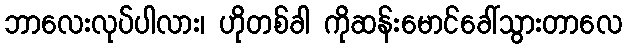
ဘာလေးလုပ်ပါလား၊ ဟိုတစ်ခါ ကိုဆန်းမောင်ခေါ်သွားတာလေ